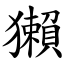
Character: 獺